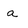
Character: a